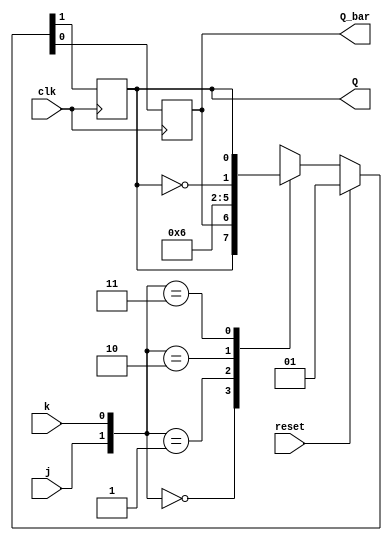
module jk_flipflop(j,k,clk,reset,Q,Q_bar);
input j,k,clk,reset;
output reg Q,Q_bar;

    always@(posedge clk)
          begin
            if({reset})
            {Q,Q_bar}<={1'b0,1'b1};

            else
                begin
                case({j,k})
                2'b00:{Q,Q_bar}<={Q,Q_bar};
                2'b01:{Q,Q_bar}<={1'b0,1'b1};
                2'b10:{Q,Q_bar}<={1'b1,1'b0};
                2'b11:{Q,Q_bar}<={~Q,Q};
                default:begin end
                endcase
         end          
end
endmodule